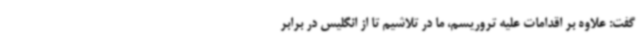
گفت: علاوه بر اقدامات علیه تروریسم، ما در تلاشیم تا از انگلیس در برابر